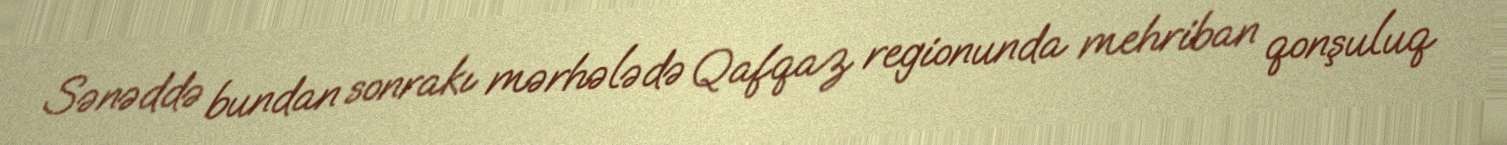
Sənəddə bundan sonrakı mərhələdə Qafqaz regionunda mehriban qonşuluq